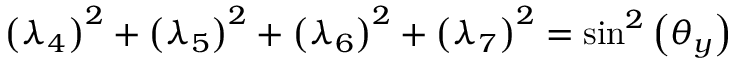
\begin{array} { r } { \left( \lambda _ { 4 } \right) ^ { 2 } + \left( \lambda _ { 5 } \right) ^ { 2 } + \left( \lambda _ { 6 } \right) ^ { 2 } + \left( \lambda _ { 7 } \right) ^ { 2 } = \sin ^ { 2 } \left( \theta _ { y } \right) } \end{array}